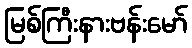
မြစ်ကြီးနားဗန်းမော်